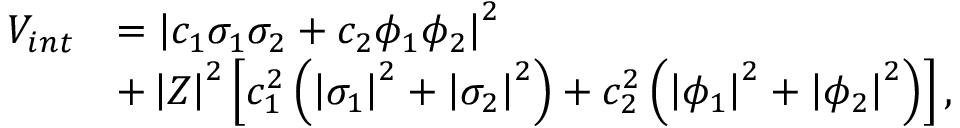
\begin{array} { l l } { { V _ { i n t } } } & { { = \left| c _ { 1 } \sigma _ { 1 } \sigma _ { 2 } + c _ { 2 } \phi _ { 1 } \phi _ { 2 } \right| ^ { 2 } } } \\ { { } } & { { + \left| Z \right| ^ { 2 } \left[ c _ { 1 } ^ { 2 } \left( \left| \sigma _ { 1 } \right| ^ { 2 } + \left| \sigma _ { 2 } \right| ^ { 2 } \right) + c _ { 2 } ^ { 2 } \left( \left| \phi _ { 1 } \right| ^ { 2 } + \left| \phi _ { 2 } \right| ^ { 2 } \right) \right] , } } \end{array}